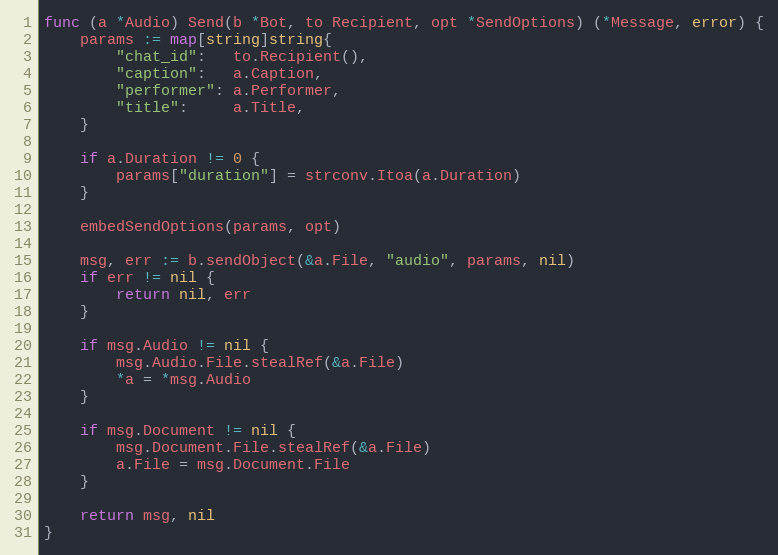
Language: Go
func (a *Audio) Send(b *Bot, to Recipient, opt *SendOptions) (*Message, error) {
	params := map[string]string{
		"chat_id":   to.Recipient(),
		"caption":   a.Caption,
		"performer": a.Performer,
		"title":     a.Title,
	}

	if a.Duration != 0 {
		params["duration"] = strconv.Itoa(a.Duration)
	}

	embedSendOptions(params, opt)

	msg, err := b.sendObject(&a.File, "audio", params, nil)
	if err != nil {
		return nil, err
	}

	if msg.Audio != nil {
		msg.Audio.File.stealRef(&a.File)
		*a = *msg.Audio
	}

	if msg.Document != nil {
		msg.Document.File.stealRef(&a.File)
		a.File = msg.Document.File
	}

	return msg, nil
}